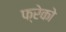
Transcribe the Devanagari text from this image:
फ्रेको